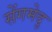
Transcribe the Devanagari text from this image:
सेंगमेदु